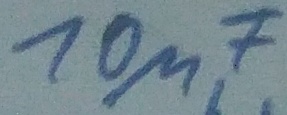
Text: 10µF